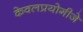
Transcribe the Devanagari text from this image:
केवलप्रयोगीजे